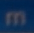
m